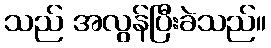
သည် အလွန်ပြီးခဲသည်။